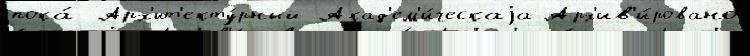
пока́ Арх'ит'екту́рный Акад'ем'и́ческаjа Арх'ив'и́ровано